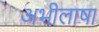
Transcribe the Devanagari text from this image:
अभीलाषा